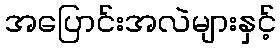
အပြောင်းအလဲများနှင့်